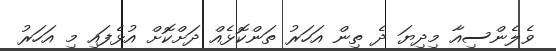
ވެލެންސިއާ މިދިޔަ ދެ ތިން އަހަރު ތަންކޮޅެއް ދަށްކޮށް އުޅެފައި މި އަހަރު